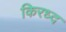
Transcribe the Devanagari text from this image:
किरध्द